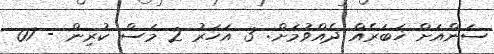
ސަންއަށް ޚަބަރެއް ދެއްވުމަށް: 3 އަހަރު 2 މަސް ކުރިން - 07